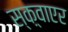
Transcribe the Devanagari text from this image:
स्क़्वाएर